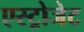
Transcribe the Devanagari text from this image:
एस्‍ट्रोजेट